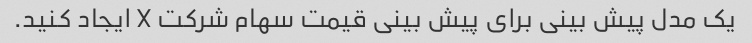
یک مدل پیش بینی برای پیش بینی قیمت سهام شرکت X ایجاد کنید.